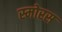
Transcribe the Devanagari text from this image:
स्मोरस